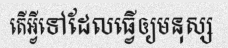
តើអ្វីទៅដែលធ្វើឲ្យមនុស្ស